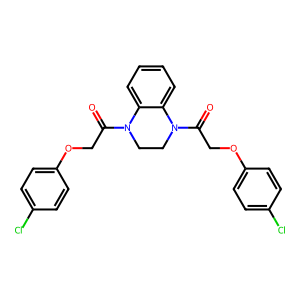
SMILES: O=C(COc1ccc(Cl)cc1)N1CCN(C(=O)COc2ccc(Cl)cc2)c2ccccc21
Inhibits HIV replication: No